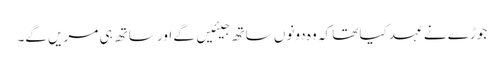
جوڑے نے عہد کیا تھا کہ وہ دونوں ساتھ جیئیں گے اور ساتھ ہی مریں گے۔